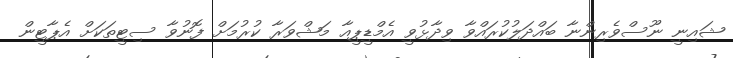
ޝައިނީ ނޫސްވެރިންނާ ބައްދަލުކުރައްވާ ވިދާޅުވީ އެމްޑީޕީއާ މަޝްވަރާ ކުރުމަށް ފޮނުވާ ސިޓީތަކަށް އެޕާޓީން